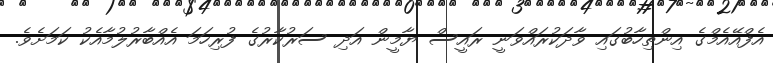
އެފްއޭއެމްގެ އިންތިހާބުގައި ވާދަކުރައްވަނީ ރައީސް ޔާމީން އަދި ސަރުކާރުގެ ފުރިހަމަ އެއްބާރުލުމާއެކު ކަމަށެވެ.